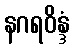
နဂရဝိန္ဒံ